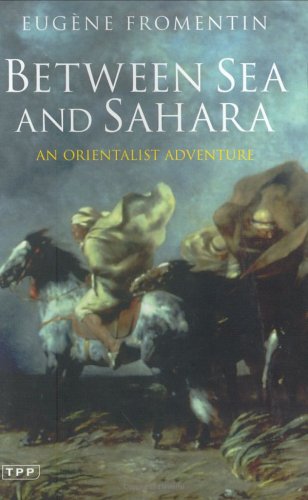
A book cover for Between Sea and Sahara: An Orientalist Adventure; EugÃ¨ne Fromentin; Travel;